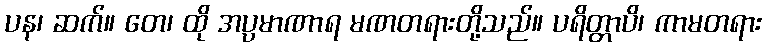
ပန၊ ဆက်။ တေ၊ ထို အပ္ပမာဏာရ မဏတရားတို့သည်။ ပရိတ္တာပိ၊ ကာမတရား